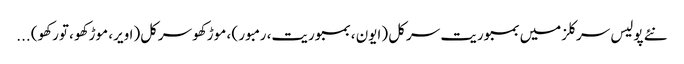
نئے پولیس سرکلزمیں بمبوریت سرکل (ایون ، بمبوریت، رمبور ) ، موڑکھو سرکل(اویر، موڑکھو ، تورکھو) ...